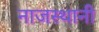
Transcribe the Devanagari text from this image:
नाजस्थानी